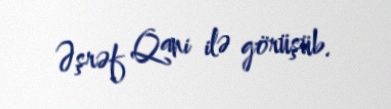
Əşrəf Qani ilə görüşüb.